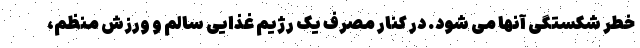
خطر شکستگی آنها می شود. در کنار مصرف یک رژیم غذایی سالم و ورزش منظم،